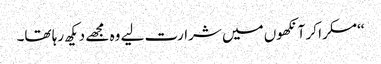
‘‘مسکرا کر آنکھوں میں شرارت لیے وہ مجھے دیکھ رہا تھا۔